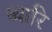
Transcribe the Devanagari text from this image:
ब्यारि